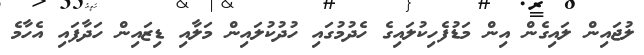
ލުޖައިން ލައިގެން އިން މަޑުފެހިކުލައިގެ ހެދުމުގައި ހުދުކުލައިން މަލާއި ޑިޒައިން ހަދާފައި އެހާމެ